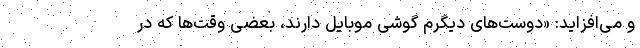
و می‌افزاید: «دوست‌های دیگرم گوشی موبایل دارند، بعضی وقت‌ها که در